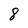
Character: 8